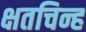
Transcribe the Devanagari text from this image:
क्षतचिन्ह